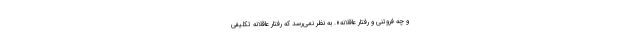
و چه فروتنی و رفتار عاقلانه». به نظر نمی‌رسد که رفتار عاقلانه تکلیفی